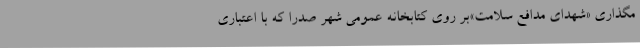
مگذاری «شهدای مدافع سلامت»بر روی کتابخانه عمومی شهر صدرا که با اعتباری